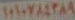
MALTA